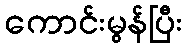
ကောင်းမွန်ပြီး